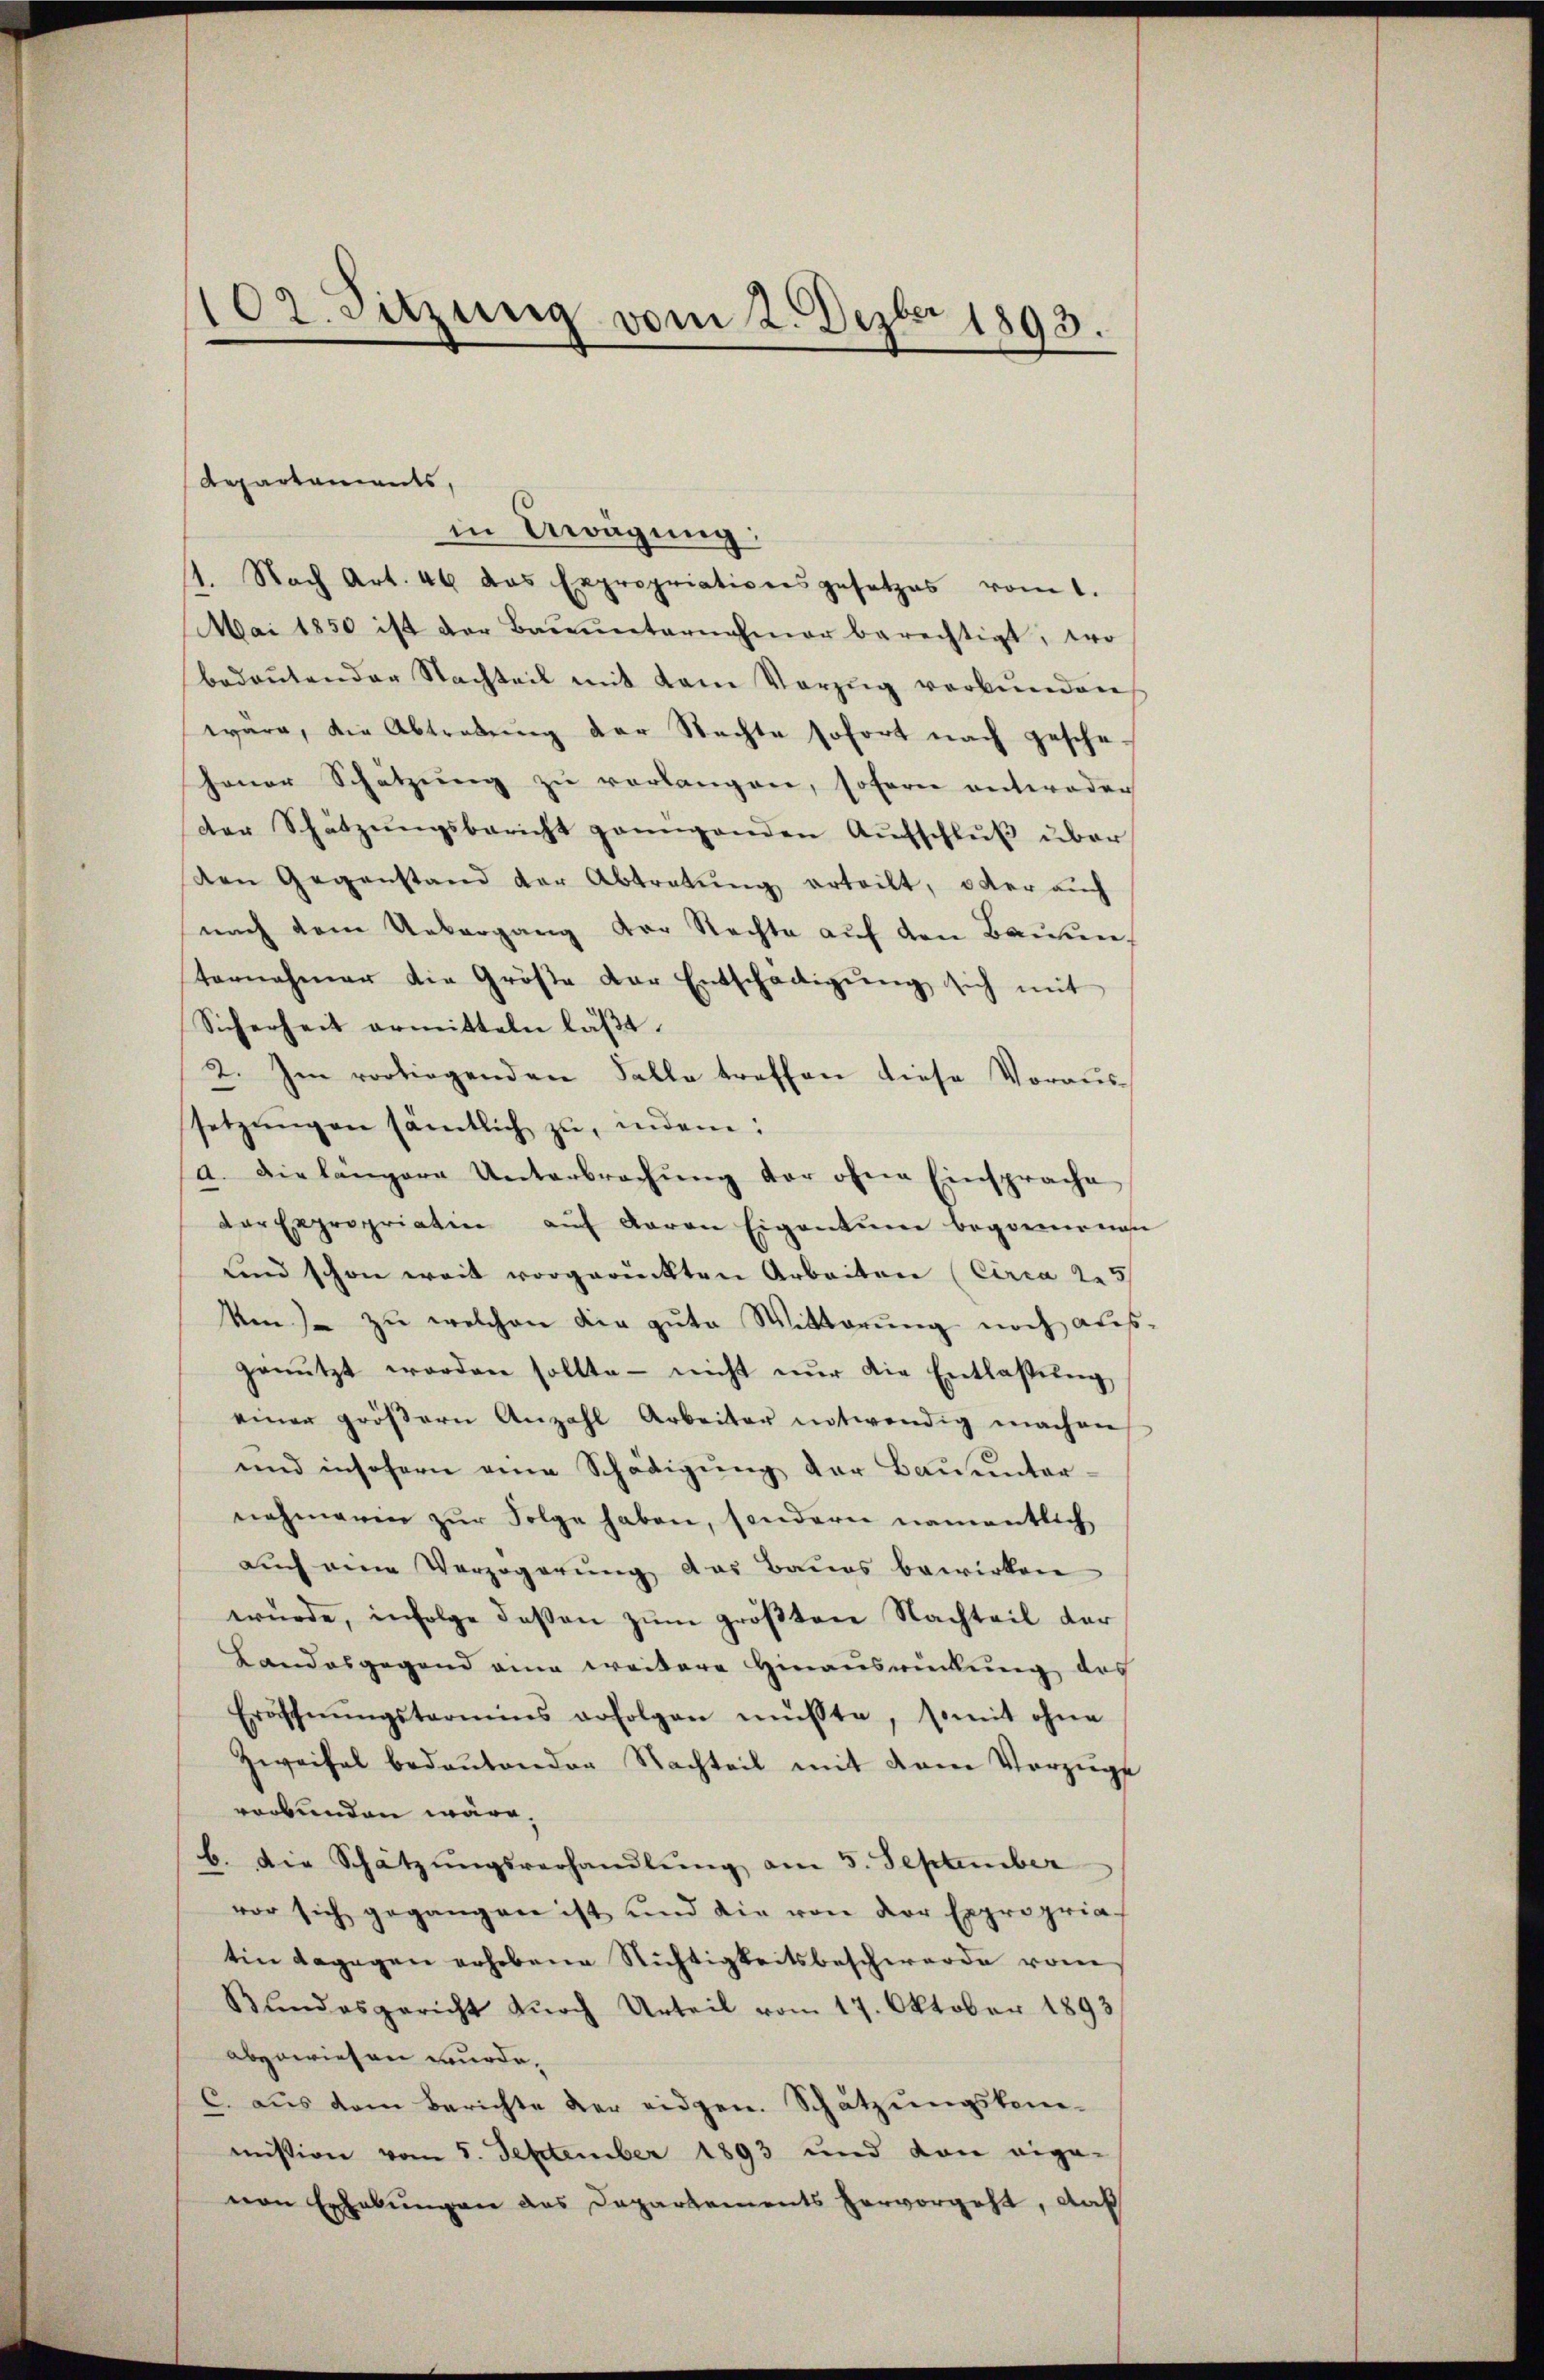
102. Sitzung vom 2. Dezbr 1893.

Repartaments,
in Erwägung:

1. Nach Art. 46 das Expropriativersgesetzes vom 1.
Mai 1850 ist der Baŭŭnternahmer berechtigt, wo
bedeŭtender Nachteil mit dem Vorzŭg verbŭnden
wäre, die Abtretŭng der Nachte sofort nach gesche
haner Schätzŭng zŭ verlangen, soferne entweder
der Schätzŭngsbericht genügenden Aŭfschlŭβ über
den Gegenstand der Abtretŭng erteilt, oder auch
nach dem Uebergang der Rechte auf den Bauten.
ternehmer die Größe der Entschädigŭng sich mit
Sicherheit ermitteln läßt.
2. Im vorliegenden Falle treffen diese Voraus-
setzŭngen sämtlich zŭ, indem:
a. Die langere Unterbrechŭng der ohne Einsprache
der Expropriatin aŭf Baron Eigentum begonnenen
und schon weit vorgerückten Arbeiten (Circa 25/
en)- zŭ welchen die gute Witterŭng noch aus-
genŭtzt worden sollte - nicht nŭr die Entlassŭng
einer gröβern Anzahl Arbeiter notwendig machen
und insofern eine Schädigung der Bauunternehmerin zŭr Folge haben, sondern namentlich
aŭch von Verzögerŭng das Baues bewirken
würde, infolge deßen zŭm gröβten Nachteil der
Landesgegend ein weitere Hinausrückung des
Eröffnŭngstermins erfolgen müßte, somit ohne
Zweifel bedeŭtenden Nachteil mit dem Vorzüge
verbunden wäre.
b. Die Schätzŭngsverhandlŭng am 5. September
vor sich gegangen ist und die von der Expropria
tin dagegen erhebene Nichtigkeitsbeschwerde vom
Bundesgericht dŭrch Urteil vom 17. Oktober 1893
abgewiesen wurde,
C. aŭs dem Berichte der eidgen. Schatzŭngskom-
mission vom 5. September 1893 und dan eige-
von Erhebungen das Departements hervorgeht, daß